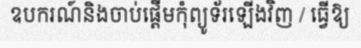
ឧបករណ៍និងចាប់ផ្តើមកុំព្យូទ័រឡើងវិញ / ធ្វើឱ្យ